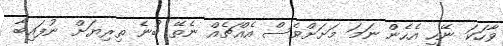
ވާހަކަ ނޭހީ އެހެން ނަމަ މަށަށްވެސް އެއްޗެއް ނެތޭ ބުނެ ތިރިޔަށް ނުފައިބާ